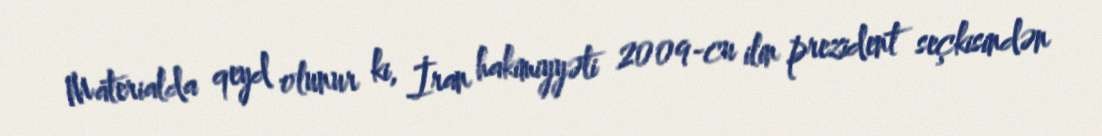
Materialda qeyd olunur ki, İran hakimiyyəti 2009-cu ilin prezident seçkisindən